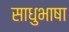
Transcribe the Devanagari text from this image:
साधुभाषा